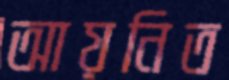
আয়নিত